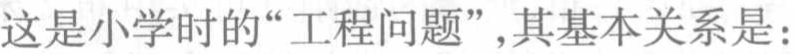
这是小学时的“工程问题”,其基本关系是: